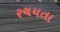
રચયતા